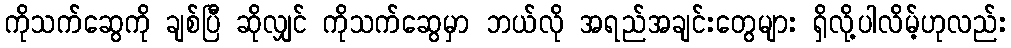
ကိုသက်ဆွေကို ချစ်ပြီ ဆိုလျှင် ကိုသက်ဆွေမှာ ဘယ်လို အရည်အချင်းတွေများ ရှိလို့ပါလိမ့်ဟုလည်း